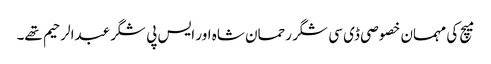
میچ کی مہمان خصوصی ڈی سی شگر رحمان شاہ اور ایس پی شگرعبدالرحیم تھے۔